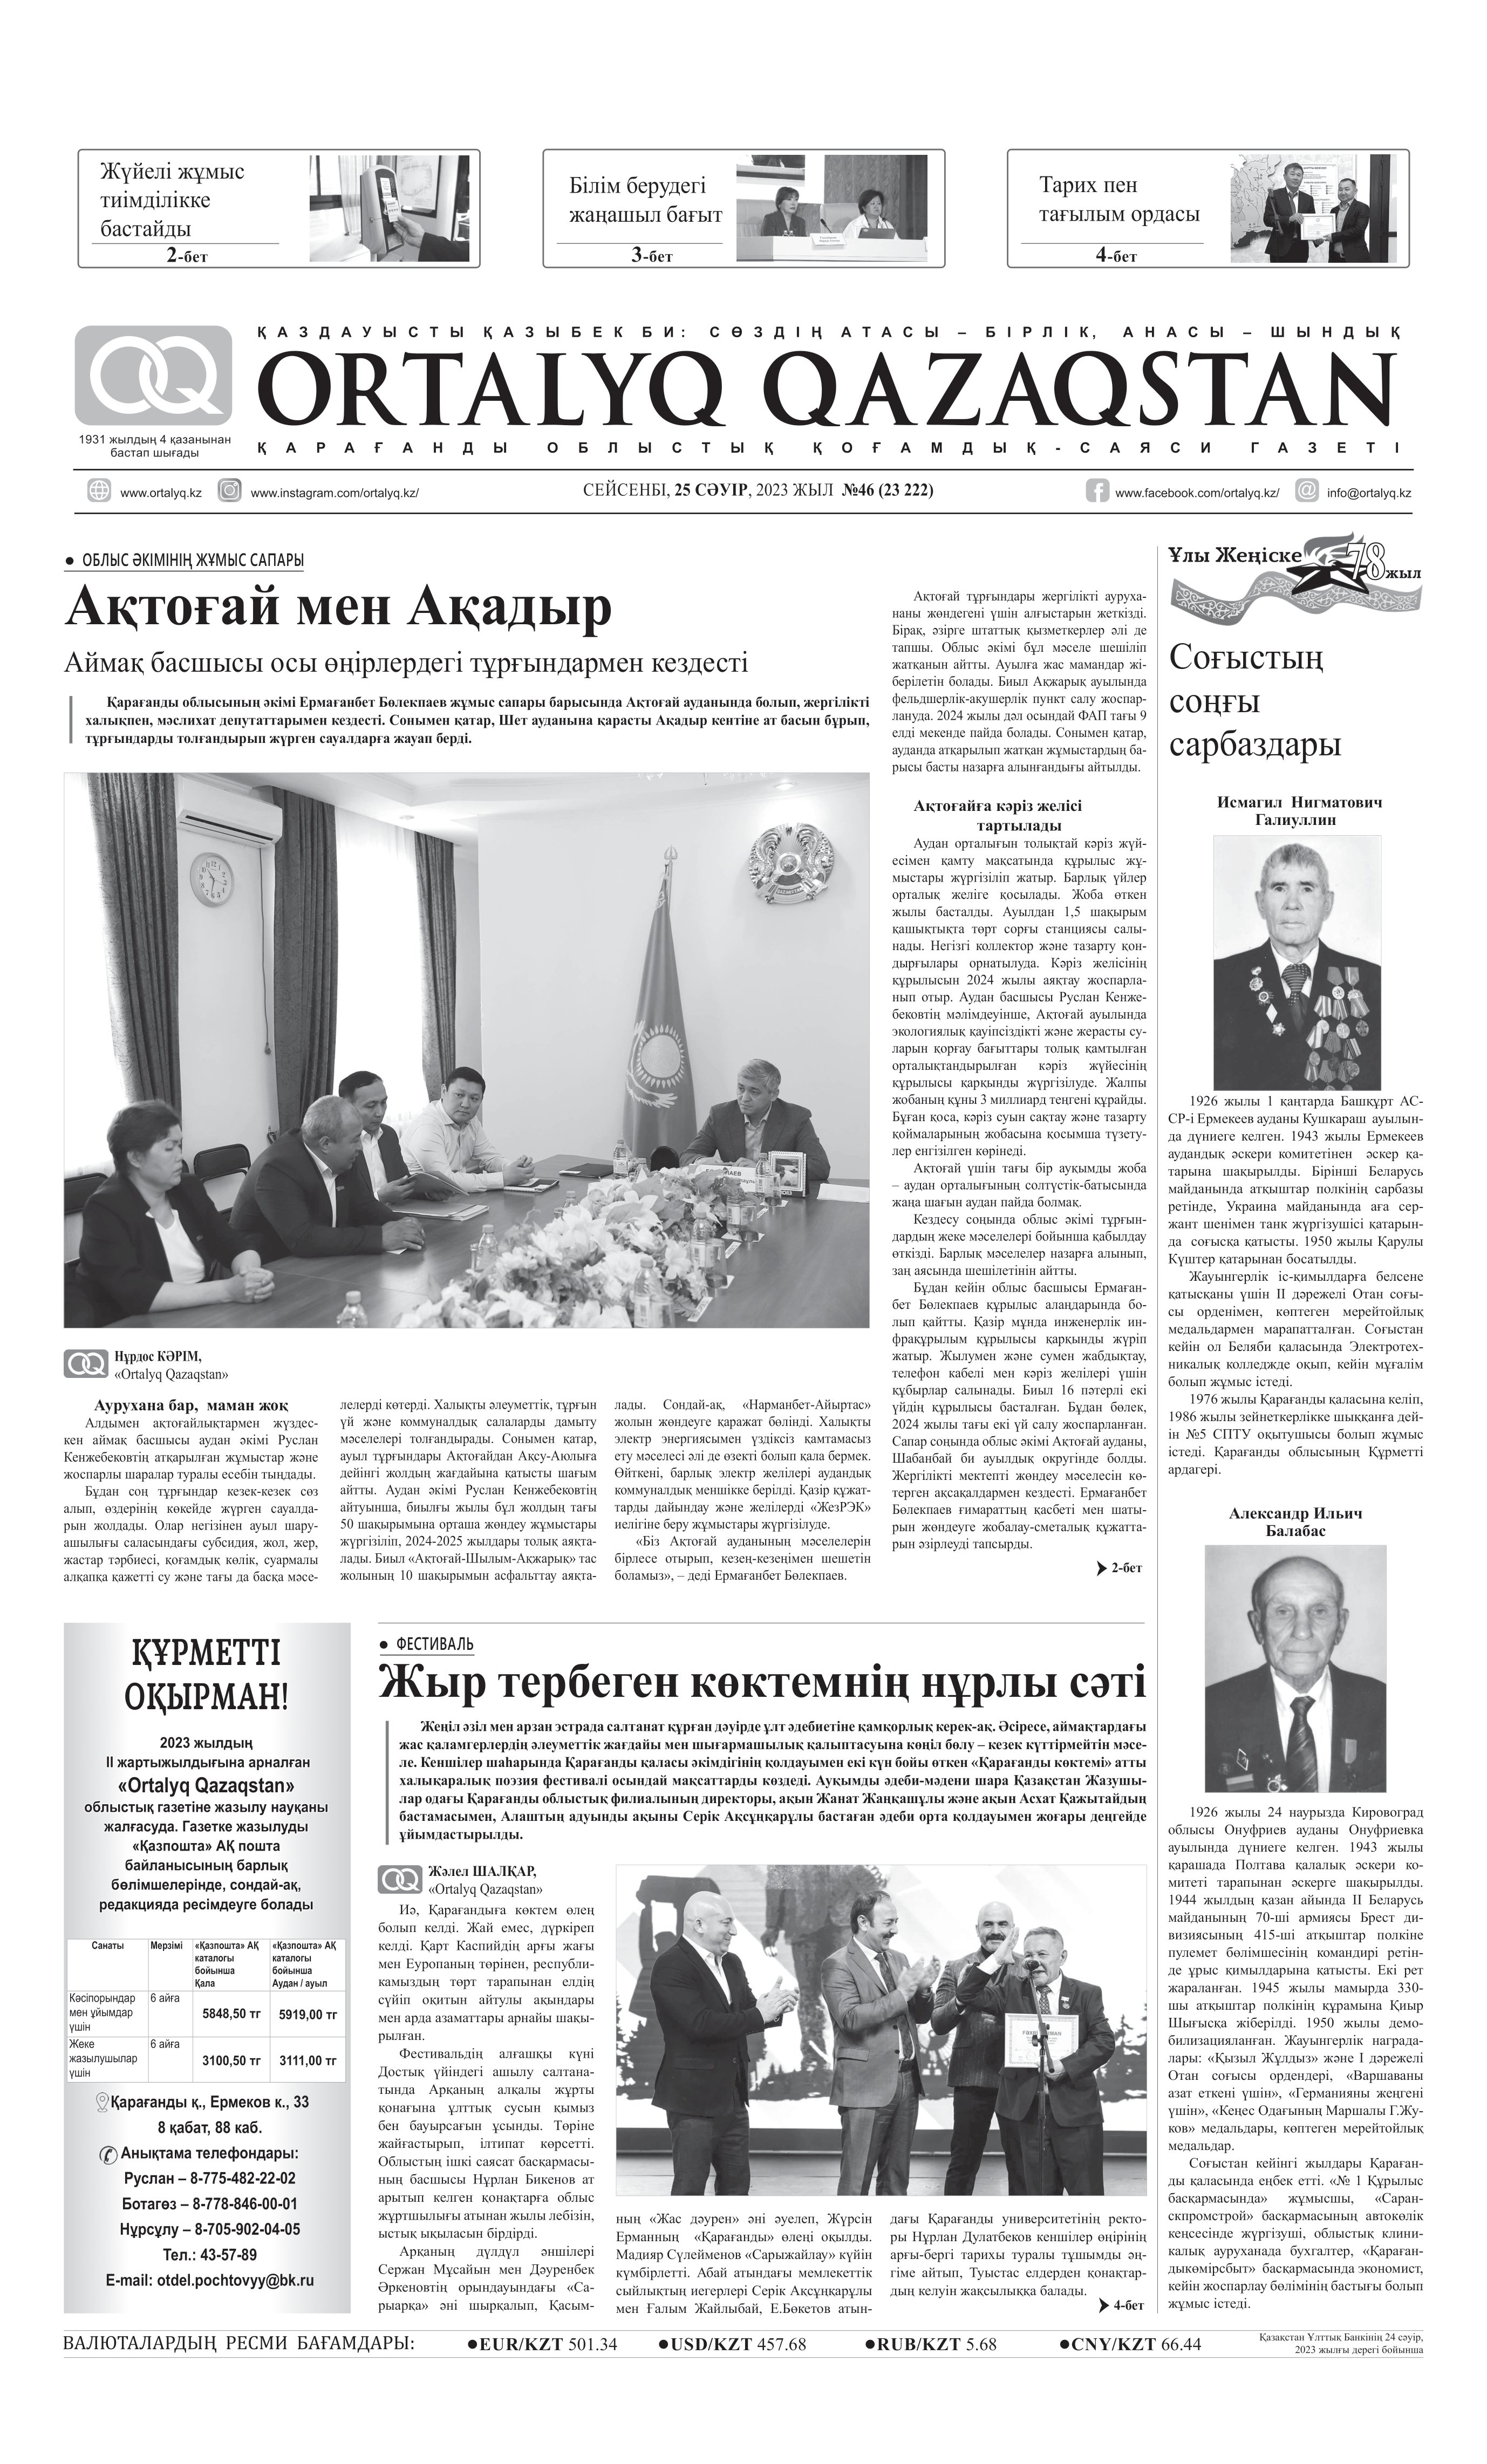
Language: kk